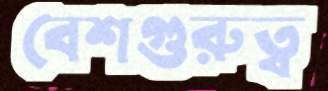
বেশগুরুত্ব